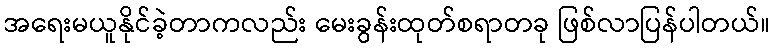
အရေးမယူနိုင်ခဲ့တာကလည်း မေးခွန်းထုတ်စရာတခု ဖြစ်လာပြန်ပါတယ်။